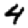
Digit: 4